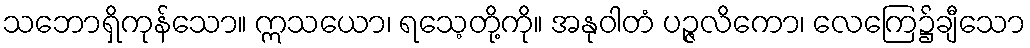
သဘောရှိကုန်သော။ ဣသယော၊ ရသေ့တို့ကို။ အနုဝါတံ ပဉ္ဇလိကော၊ လေကြေ၌ချီသော